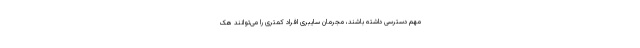
مهم دسترسی داشته باشند، مجرمان سایبری افراد کمتری را می‌توانند هک